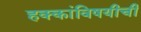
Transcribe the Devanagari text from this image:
हक्कांविषयीची